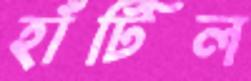
হাঁটিল